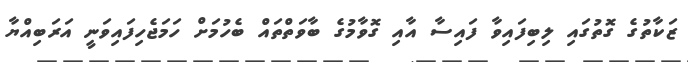
ޒަކާތުގެ ގޮތުގައި ލިބިފައިވާ ފައިސާ އާއި ގޮވާމުގެ ބާވަތްތައް ބެހުމަށް ހަމަޖެހިފައިވަނީ އަރަބިއްޔާ